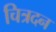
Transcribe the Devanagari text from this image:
चित्रदन